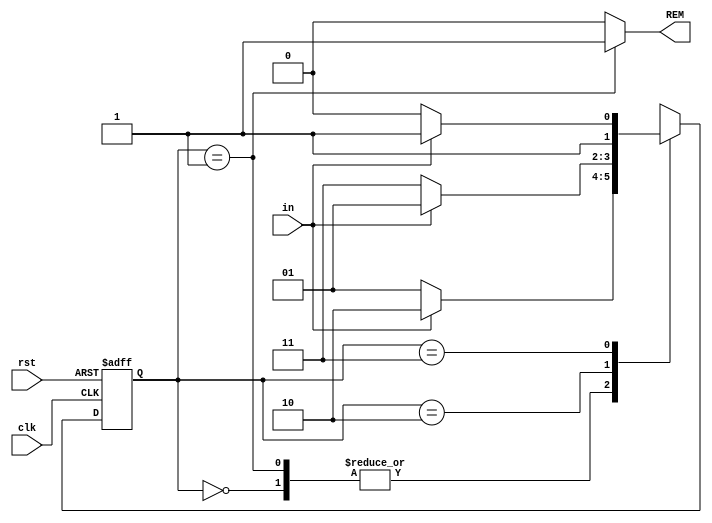
`timescale 1ns / 1ps
//Moore machine implementation for divisbility by 3 check.
module remainder3(
    input in,		//input
    output REM,
    input clk,
    input rst		//active high reset
    );
    localparam [1:0] start=2'b00, s0=2'b01, s1=2'b10, s2=2'b11;
    reg [1:0] current;
    always @(posedge clk, posedge rst)begin
    if(rst) begin		//reset condition
    current<=start;
    end
    else
        case(current)		//FSM starts
        start: if(in==1'b1) current <= s1;
                else current <= s0;
        s0: if(in==1'b1) current <= s1;
            else current<=s0;
        s1: if(in==1'b1) current <= s0;
            else current <=s2;
        s2: if(in==1'b1) current <=s2;
            else current<=s1;
        default: current <= s0;
        endcase
    end 
    assign REM = (current==s0)? 1'b1 : 1'b0;
endmodule